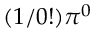
( 1 / 0 ! ) \pi ^ { 0 }